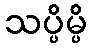
သပ္ပိမ္ပိ